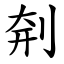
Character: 㓫